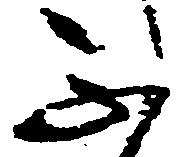
不